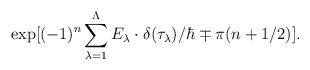
\begin{align*}\exp[ (-1)^n \sum_{\lambda =1}^\Lambda E_\lambda \cdot \delta(\tau_\lambda)/\hbar \mp \pi (n + 1/2)].\end{align*}